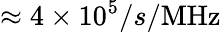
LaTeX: \approx 4\times 10^{5}/s/\mathrm{MHz}